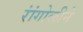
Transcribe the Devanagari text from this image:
रांंगोळीने